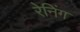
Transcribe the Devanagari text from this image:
रेनिंग